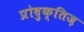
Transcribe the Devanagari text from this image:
प्रोदुक्तिज़